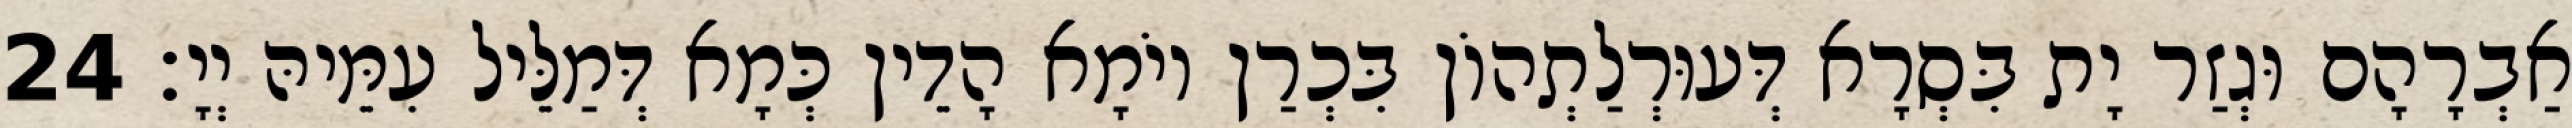
אַבְרָהָם וּגְזַר יָת בִּסְרָא דְּעוּרְלַתְהוֹן בִּכְרַן יוֹמָא הָדֵין כְּמָא דְּמַלֵּיל עִמֵּיהּ יְיָ׃ 24